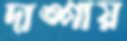
দাঙ্গায়